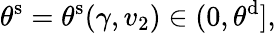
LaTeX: \theta^{\mathrm{s}}=\theta^{\mathrm{s}}(\gamma,v_{2})\in(0,\theta^{\mathrm{d}}],